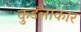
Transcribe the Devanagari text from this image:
कुडंलाकार